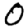
Digit: 0